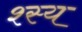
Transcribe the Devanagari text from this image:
श्स्य